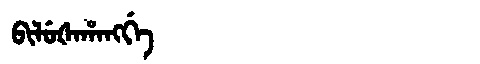
Manchu: ᠪᡳᠯᡠᡧᠠᡥᠠᠩᡤᡝ
Romanization: BILUŠAHANGGE